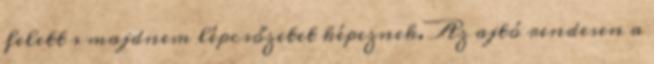
felett s majdnem lépcsőzetet képeznek. Az ajtó rendesen a